Civil Veterinary Dept. Bombay admin report 1893-99 - 1893-1899
Year: 1893
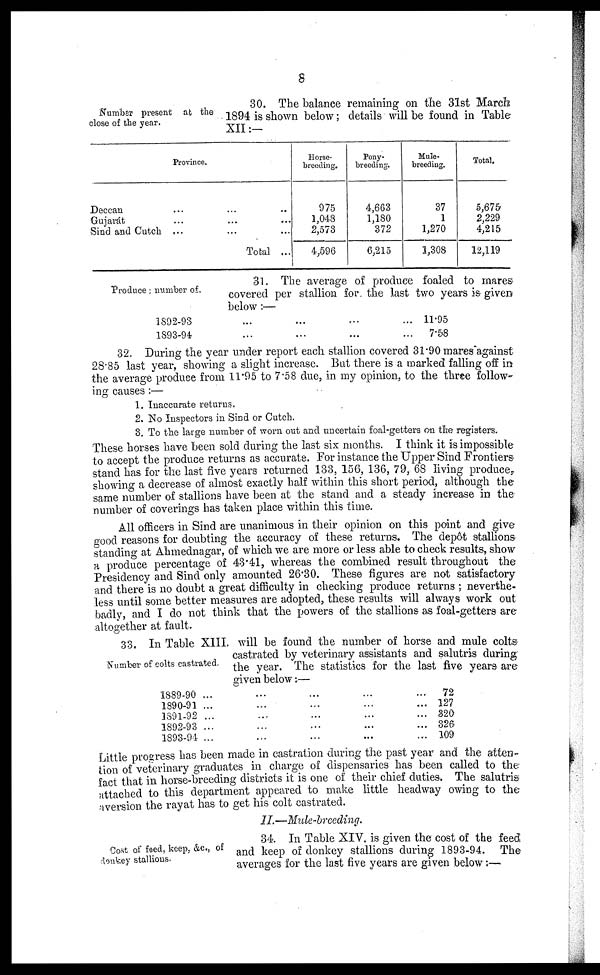
8
Number present at the
close of the year.
30. The balance remaining on the 31st March
1894 is shown below; details will be found in Table
XII:—
Provinces.
Deccan ... ... ...
Gujarát
...
... ...
Sind and Cutch ...
... ...
Total ...
Horse-
breeding.
975
1,048
2,573
4,596
Pony-
breeding.
4,663
1,180
372
6,215
Mule-
breeding.
37
1
1,270
1,308
Total.
5,675
2,229
4,215
12,119
Produce number of.
31. The average of produce foaled to mares
covered per stallion for the last two years is given
below:—
1892-93 ... ... ... ...
1893-94 ... ... ... ...
11.95
7.58
32. During the year under report each stallion covered 31.90 mares against
28.85 last year, showing a slight increase. But there is a marked falling off in
the average produce from 11.95 to 7.58 due, in my opinion, to the three follow-
ing causes:—
1. Inaccurate returns.
2. No Inspectors in Sind or Cutch.
3. To the large number of worn out and uncertain foal-getters on the registers.
These horses have been sold during the last six months. I think it is impossible
to accept the produce returns as accurate. For instance the Upper Sind Frontiers
stand has for the last five years returned 133, 156, 136, 79, 68 living produce,
showing a decrease of almost exactly half within this short period, although the
same number of stallions have been at the stand and a steady increase in the
number of coverings has taken place within this time.
All officers in Sind are unanimous in their opinion on this point and give
good reasons for doubting the accuracy of these returns. The depôt stallions
standing at Ahmednagar, of which we are more or less able to check results, show
a produce percentage of 43.41, whereas the combined result throughout the
Presidency and Sind only amounted 26.30. These figures are not satisfactory
and there is no doubt a great difficulty in checking produce returns; neverthe-
less until some better measures are adopted, these results will always work out
badly, and I do not think that the powers of the stallions as foal-getters are
altogether at fault.
Number of colts castrated
33. In Table XIII. will be found the number of horse and mule colts-
castrated by veterinary assistants and salutris during
the year. The statistics for the last five years are
given below:—
1889-90 ... ... ... ...
1890-91 ... ... ... ...
1391-92 ... ... ... ...
1892-93 ... ... ... ...
1893-94 ... ... ... ...
72
127
320
326
109
Little progress has been made in castration during the past year and the atten-
tion of veterinary graduates in charge of dispensaries has been called to the
fact that in horse-breeding districts it is one of their chief duties. The salutris
attached to this department appeared to make little headway owing to the
aversion the rayat has to get his colt castrated.
II.—Mule-breeding.
Cost of feed, keep, &c., of
donkey stallions.
34. In Table XIV. is given the cost of the feed
and keep of donkey stallions during 1893-94. The
averages for the last five years are given below:—